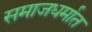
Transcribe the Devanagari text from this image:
समाजधर्मात